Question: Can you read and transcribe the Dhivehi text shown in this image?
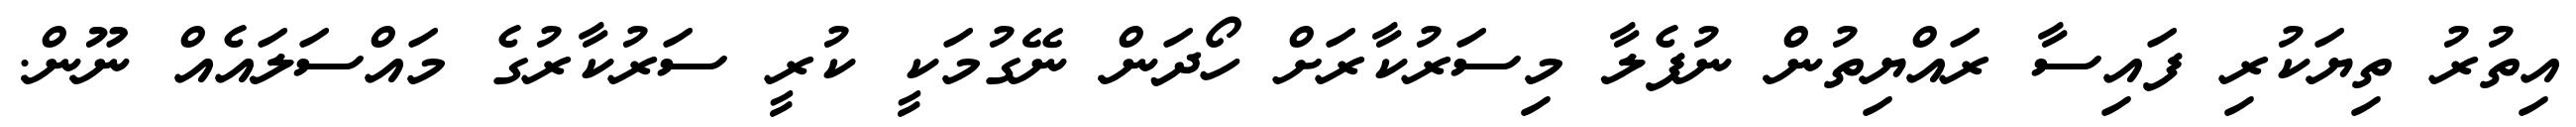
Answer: އިތުރު ތިޔަކުރި ފައިސާ ރައްޔިތުން ނުފެލާ މިސަރުކާރަށް ހޯދަން ނޭގުމަކީ ކުރީ ސަރުކާރުގެ މައްސަލައެއް ނޫން.